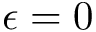
\epsilon = 0